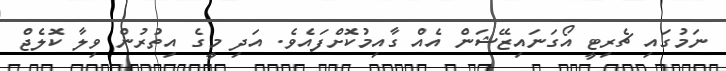
ނަމުގައި ޗެރިޓީ އޯގަނައިޒޭޝަން އެއް ގާއިމުކޮށްފައެވެ. އަދި މީގެ އިތުރުން ވިލާ ކޮލެޖް